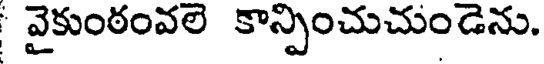
వైకుంఠంవలె కాన్పించుచుండెను.